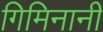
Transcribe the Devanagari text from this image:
गिमिनानी